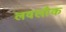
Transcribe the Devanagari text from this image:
लवलौक